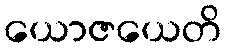
ယောဇယေတိ